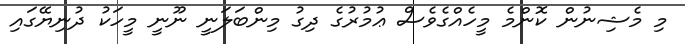
މި މެޝިނުން ކޮންމެ މީހެއްގެވެސް ޢުމުރުގެ ދިގު މިންބަލަނީ ނޫނީ މީހަކު ދުނިޔޭގައި